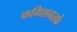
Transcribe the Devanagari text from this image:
कमिशनतर्फे